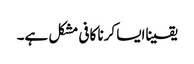
یقیناایسا کرنا کافی مشکل ہے۔